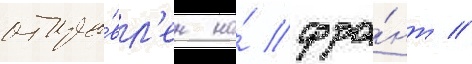
отпра́вл'ен на́ фро́нт //